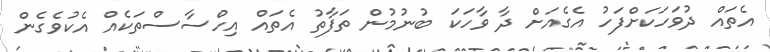
އެތައް ދުވަހަކަށްފަހު އެގެއަށް ދާ ވާހަކަ ބުނުމުން ތަފާތު އެތައް އިހްސާސްތަކެއް އެކުވެގެން